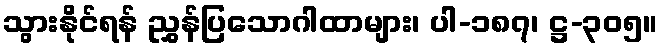
သွားနိုင်ရန် ညွှန်ပြသောဂါထာများ၊ ပါ-၁၈၇၊ ဋ္ဌ-၃၀၅။